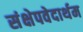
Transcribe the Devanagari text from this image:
संक्षेपवेदार्थम